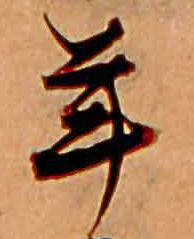
年